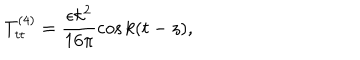
LaTeX: T _ { t t } ^ { ( 4 ) } = \frac { \epsilon k ^ { 2 } } { 1 6 \pi } \cos k ( t - z ) ,